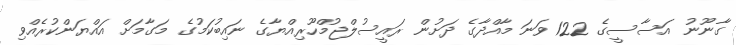
ގާނޫނު އަސާސީގެ 122 ވަނަ މާއްދާގެ ދަށުން ރައީސުލްޖުމްހޫރިއްޔާގެ ނައިބުކަމުގެ މަގާމަށް އައްޔަންކުރެއްވި